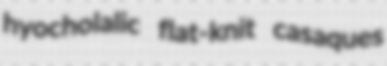
hyocholalic flat-knit casaques